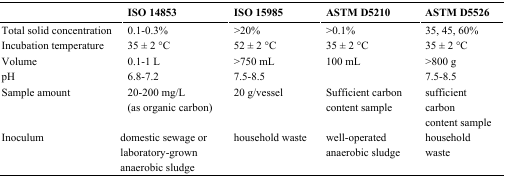
<table><thead><tr><td></td><td><b>ISO 14853</b></td><td><b>ISO 15985</b></td><td><b>ASTM D5210</b></td><td><b>ASTM D5526</b></td></tr></thead><tbody><tr><td>Total solid concentration</td><td>0.1-0.3%</td><td>&gt;20%</td><td>&gt;0.1%</td><td>35, 45, 60%</td></tr><tr><td>Incubation temperature</td><td>35 ± 2 °C</td><td>52 ± 2 °C</td><td>35 ± 2 °C</td><td>35 ± 2 °C</td></tr><tr><td>Volume</td><td>0.1-1 L</td><td>&gt;750 mL</td><td>100 mL</td><td>&gt;800 g</td></tr><tr><td>pH</td><td>6.8–7.2</td><td>7.5–8.5</td><td></td><td>7.5–8.5</td></tr><tr><td>Sample amount</td><td>20–200 mg/L (as organic carbon)</td><td>20 g/vessel</td><td>Sufficient carbon content sample</td><td>sufficient carbon content sample</td></tr><tr><td>Inoculum</td><td>domestic sewage or laboratory-grown anaerobic sludge</td><td>household waste</td><td>well-operated anaerobic sludge</td><td>household waste</td></tr></tbody></table>